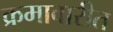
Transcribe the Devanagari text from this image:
क्रमावारीत